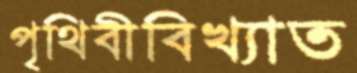
পৃথিবীবিখ্যাত